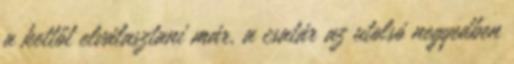
a kettőt elválasztani már, a csatár az utolsó negyedben